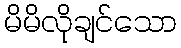
မိမိလိုချင်သော